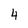
Character: 4